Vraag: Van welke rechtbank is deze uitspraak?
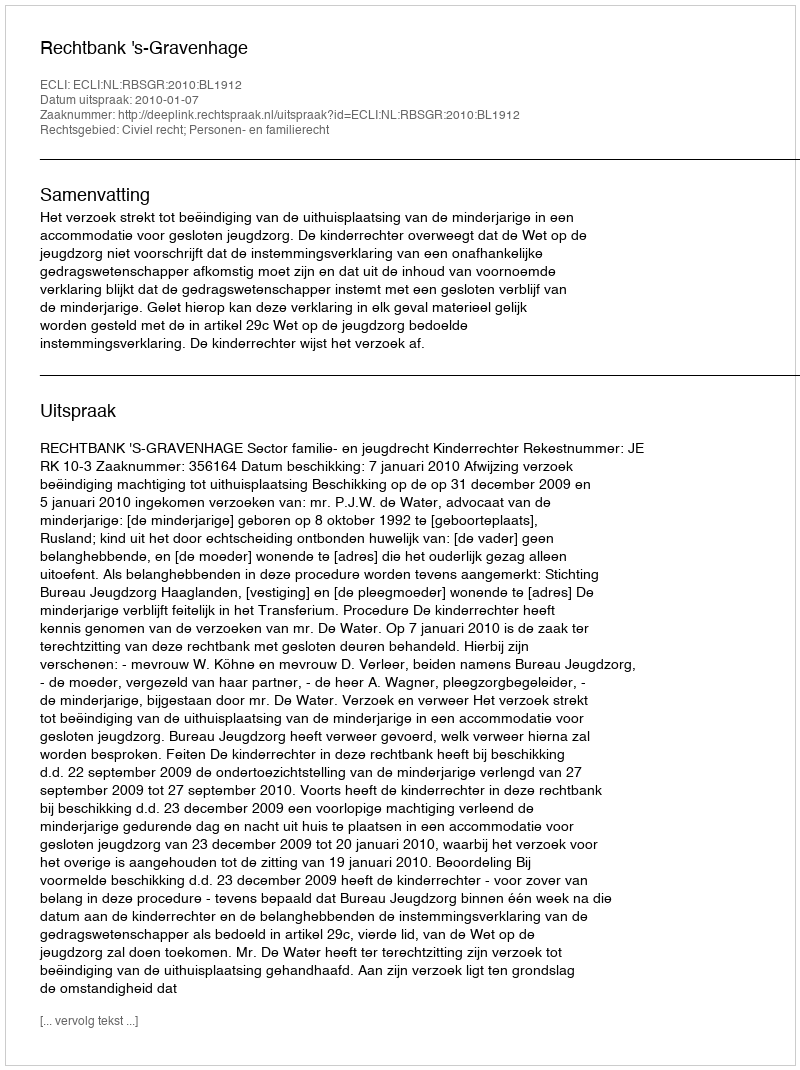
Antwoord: Rechtbank 's-Gravenhage